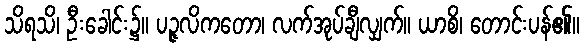
သိရသိ၊ ဦးခေါင်း၌။ ပဉ္ဇလိကတော၊ လက်အုပ်ချီလျှက်။ ယာစိ၊ တောင်းပန်၏။